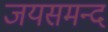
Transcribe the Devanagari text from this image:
जयसमन्‍द